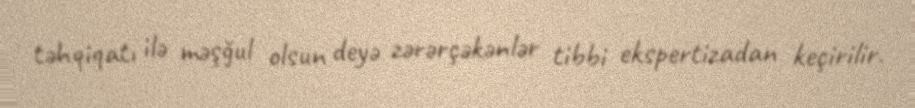
təhqiqatı ilə məşğul olsun deyə zərərçəkənlər tibbi ekspertizadan keçirilir.